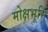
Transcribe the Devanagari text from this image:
मोक्षभूमि